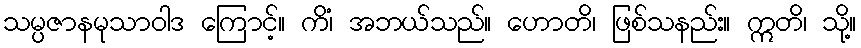
သမ္ပဇာနမုသာဝါဒ ကြောင့်။ ကိံ၊ အဘယ်သည်။ ဟောတိ၊ ဖြစ်သနည်း။ ဣတိ၊ သို့။